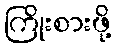
ကြိုးစားဖို့